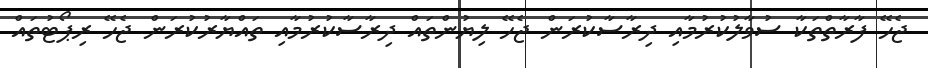
ޖެހޭ ފާރާތްތަކާ ސުވާލުކުރުމާއި ދިރާސާކުރަން ޖެހޭ ލިޔުންތައް ދިރާސާކުރުމާއި ތައްޔާރުކުރަން ޖެހޭ ރިޕޯޓުތައް